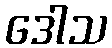
ဒေါသ